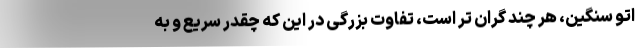
اتو سنگین، هر چند گران تر است، تفاوت بزرگی در این که چقدر سریع و به